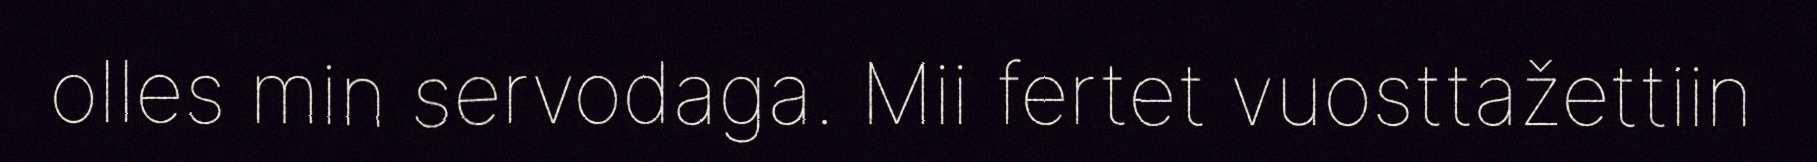
olles min servodaga. Mii fertet vuosttažettiin